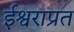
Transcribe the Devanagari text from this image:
ईश्वराप्रत